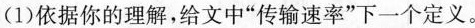
(1)依据你的理解，给文中”传输速率”下一个定义。